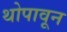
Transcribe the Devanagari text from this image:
थोपावून